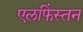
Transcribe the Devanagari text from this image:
एलफिंस्तन